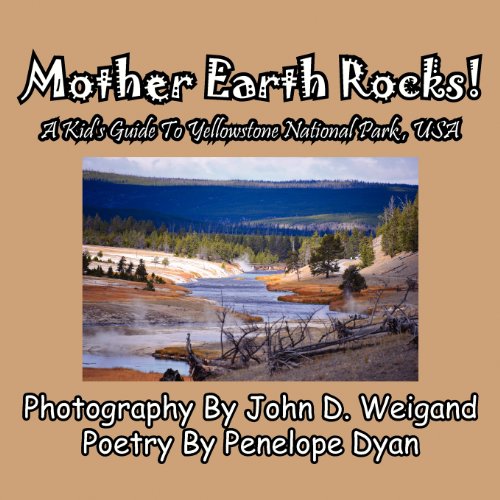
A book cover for Mother Earth Rocks! a Kid's Guide to Yellowstone National Park, USA; Penelope Dyan; Children's Books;